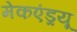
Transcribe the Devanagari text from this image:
मेकएंड्रयू